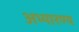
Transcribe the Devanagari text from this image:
अभ्यारण्‍य